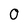
Character: 0